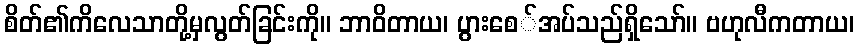
စိတ်၏ကိလေသာတို့မှလွတ်ခြင်းကို။ ဘာဝိတာယ၊ ပွားစေ်အပ်သည်ရှိသော်။ ဗဟုလီကတာယ၊